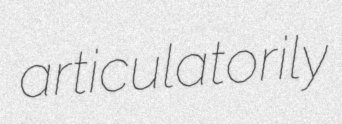
articulatorily